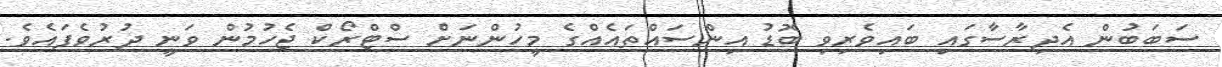
ސަބަބުން އެދިރާސާގައި ބައިވެރިވި ބޮޑު އިންސައްތައެއްގެ މީހުންނަށް ސްޓްރޯކް ޖެހުމުން ވަނީ ދުރުވެފައެވެ.